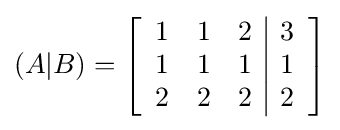
(A|B)=\left[{\begin{array}{ccc|c}1&1&2&3\\1&1&1&1\\2&2&2&2\end{array}}\right]